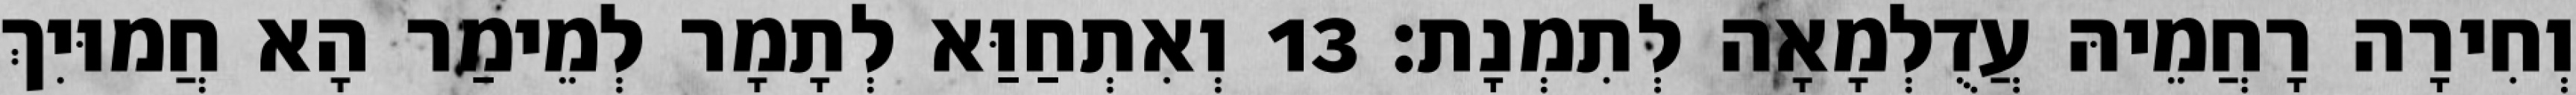
וְחִירָה רָחֲמֵיהּ עֲדֻלְמָאָה לְתִמְנָת׃ 13 וְאִתְחַוַּא לְתָמָר לְמֵימַר הָא חֲמוּיִךְ